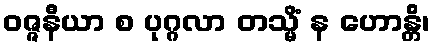
ဝဇ္ဇနီယာ စ ပုဂ္ဂလာ တသ္မိံ န ဟောန္တိ၊